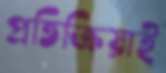
প্রতিক্রিয়াই